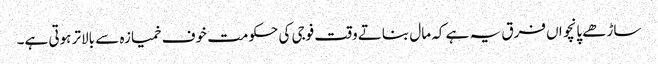
ساڑھے پانچواں فرق یہ ہے کہ مال بناتے وقت فوجی کی حکومت خوف خمیازہ سے بالاتر ہوتی ہے۔